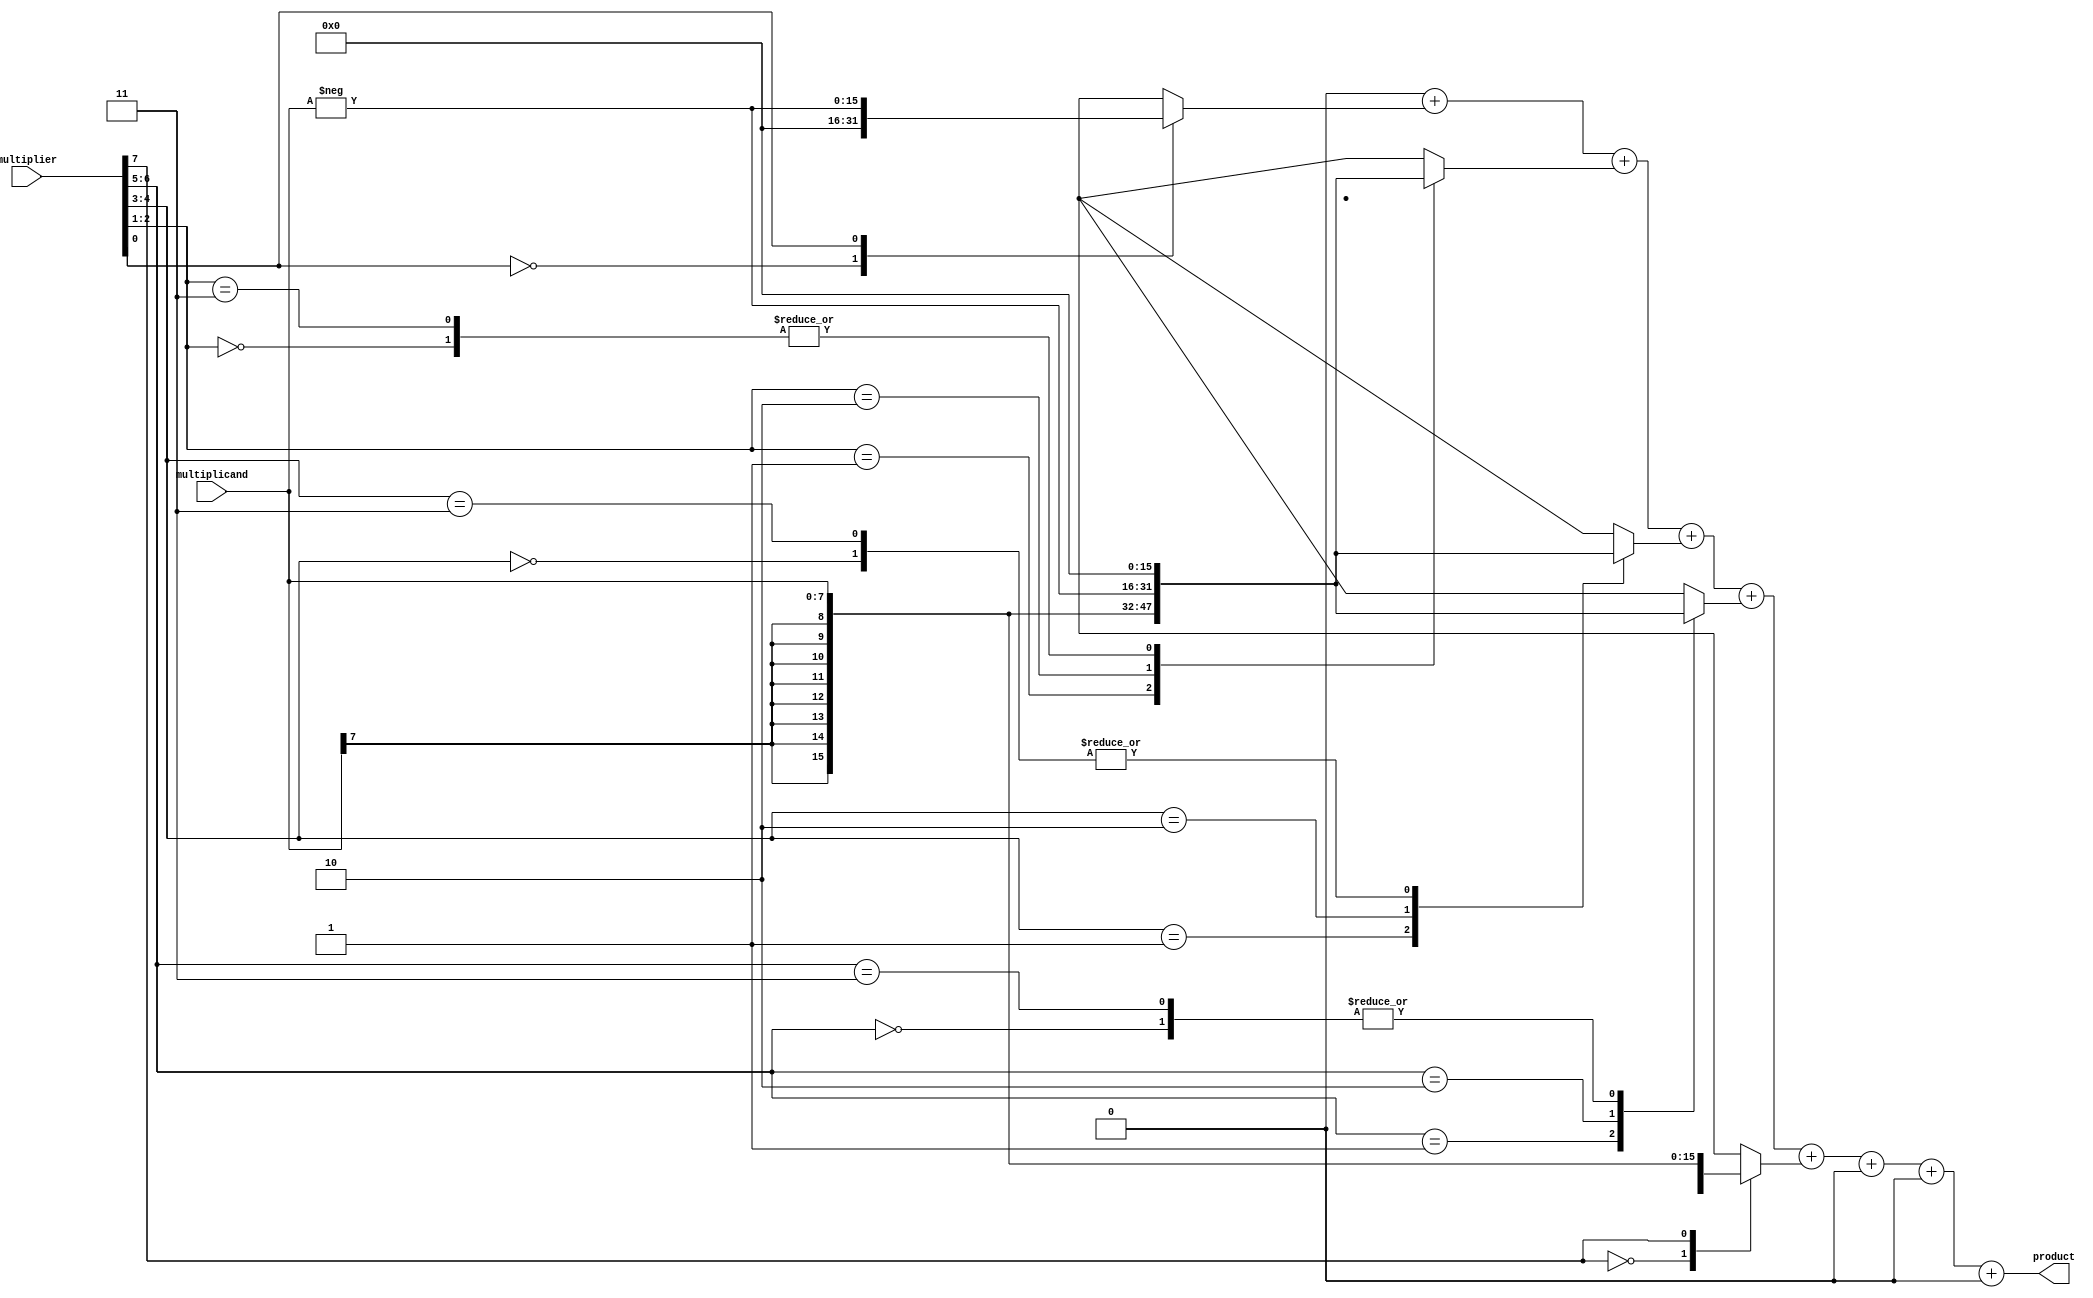
module BoothMultiplier #(parameter WIDTH = 8) (
    input signed [WIDTH-1:0] multiplicand,
    input signed [WIDTH-1:0] multiplier,
    output reg signed [2*WIDTH-1:0] product
);

    // Booth Encoding
    reg [WIDTH+1:0] booth_encoded;
    reg signed [2*WIDTH-1:0] partial_products[0:WIDTH-1];

    integer i;

    always @(*) begin
        booth_encoded = {1'b0, multiplier, 1'b0}; // Adding an extra bit for encoding
        
        // Generate Partial Products based on Booth encoding
        for (i = 0; i < WIDTH; i = i + 1) begin
            case (booth_encoded[i+1:i])
                2'b00: partial_products[i] = 0; // 0
                2'b01: partial_products[i] = multiplicand; // +1 * multiplicand
                2'b10: partial_products[i] = -multiplicand; // -1 * multiplicand
                2'b11: partial_products[i] = 0; // 0, but could also combine groups
            endcase
            booth_encoded = {booth_encoded[WIDTH+1], booth_encoded[WIDTH:1]}; // Shift
        end
        
        // Wallace Tree Reduction
        product = 0; // Initialize product to zero
        for (i = 0; i < WIDTH; i = i + 1) begin
            product = product + partial_products[i];
        end
    end
endmodule